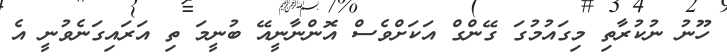
ހޫނު ނުކުރާތި މިގައުމުގަ ގޭންގް އަކަށްވެސް އޮންނާނީއޭ ބުނީމަ ތި އަރައިގަނެވުނީ އެ